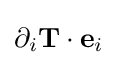
\partial _{i}\mathbf {T} \cdot \mathbf {e} _{i}